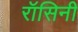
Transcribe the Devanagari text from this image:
रॉसिनी